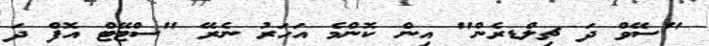
"ސޭވް ދަ ޗިލްޑރެން" އިން ކޮންމެ އަހަރު ނެރޭ "ސްޓޭޓް އޮފް ދަ